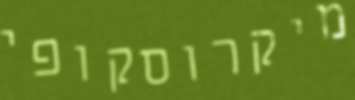
מיקרוסקופי